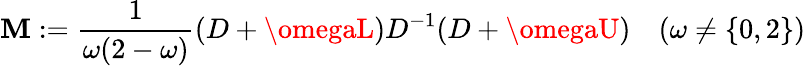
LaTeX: \mathbf{M}:={\frac{{1}}{{\omega(2-\omega)}}}(D+\omegaL)D^{-1}(D+\omegaU)\quad(\omega\neq\{ 0,2\} )